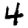
Digit: 4